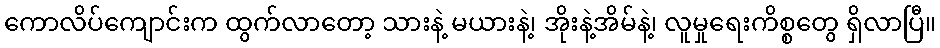
ကောလိပ်ကျောင်းက ထွက်လာတော့ သားနဲ့ မယားနဲ့၊ အိုးနဲ့အိမ်နဲ့၊ လူမှုရေးကိစ္စတွေ ရှိလာပြီ။